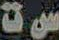
ست